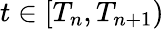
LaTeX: t\in[T_{n},T_{n+1})